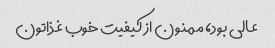
عالی بود، ممنون از کیفیت خوب غذاتون